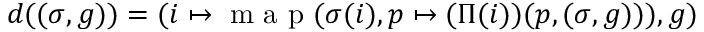
d ( ( \sigma , g ) ) = ( i \mapsto \textup { m a p } ( \sigma ( i ) , p \mapsto ( \Pi ( i ) ) ( p , ( \sigma , g ) ) ) , g )